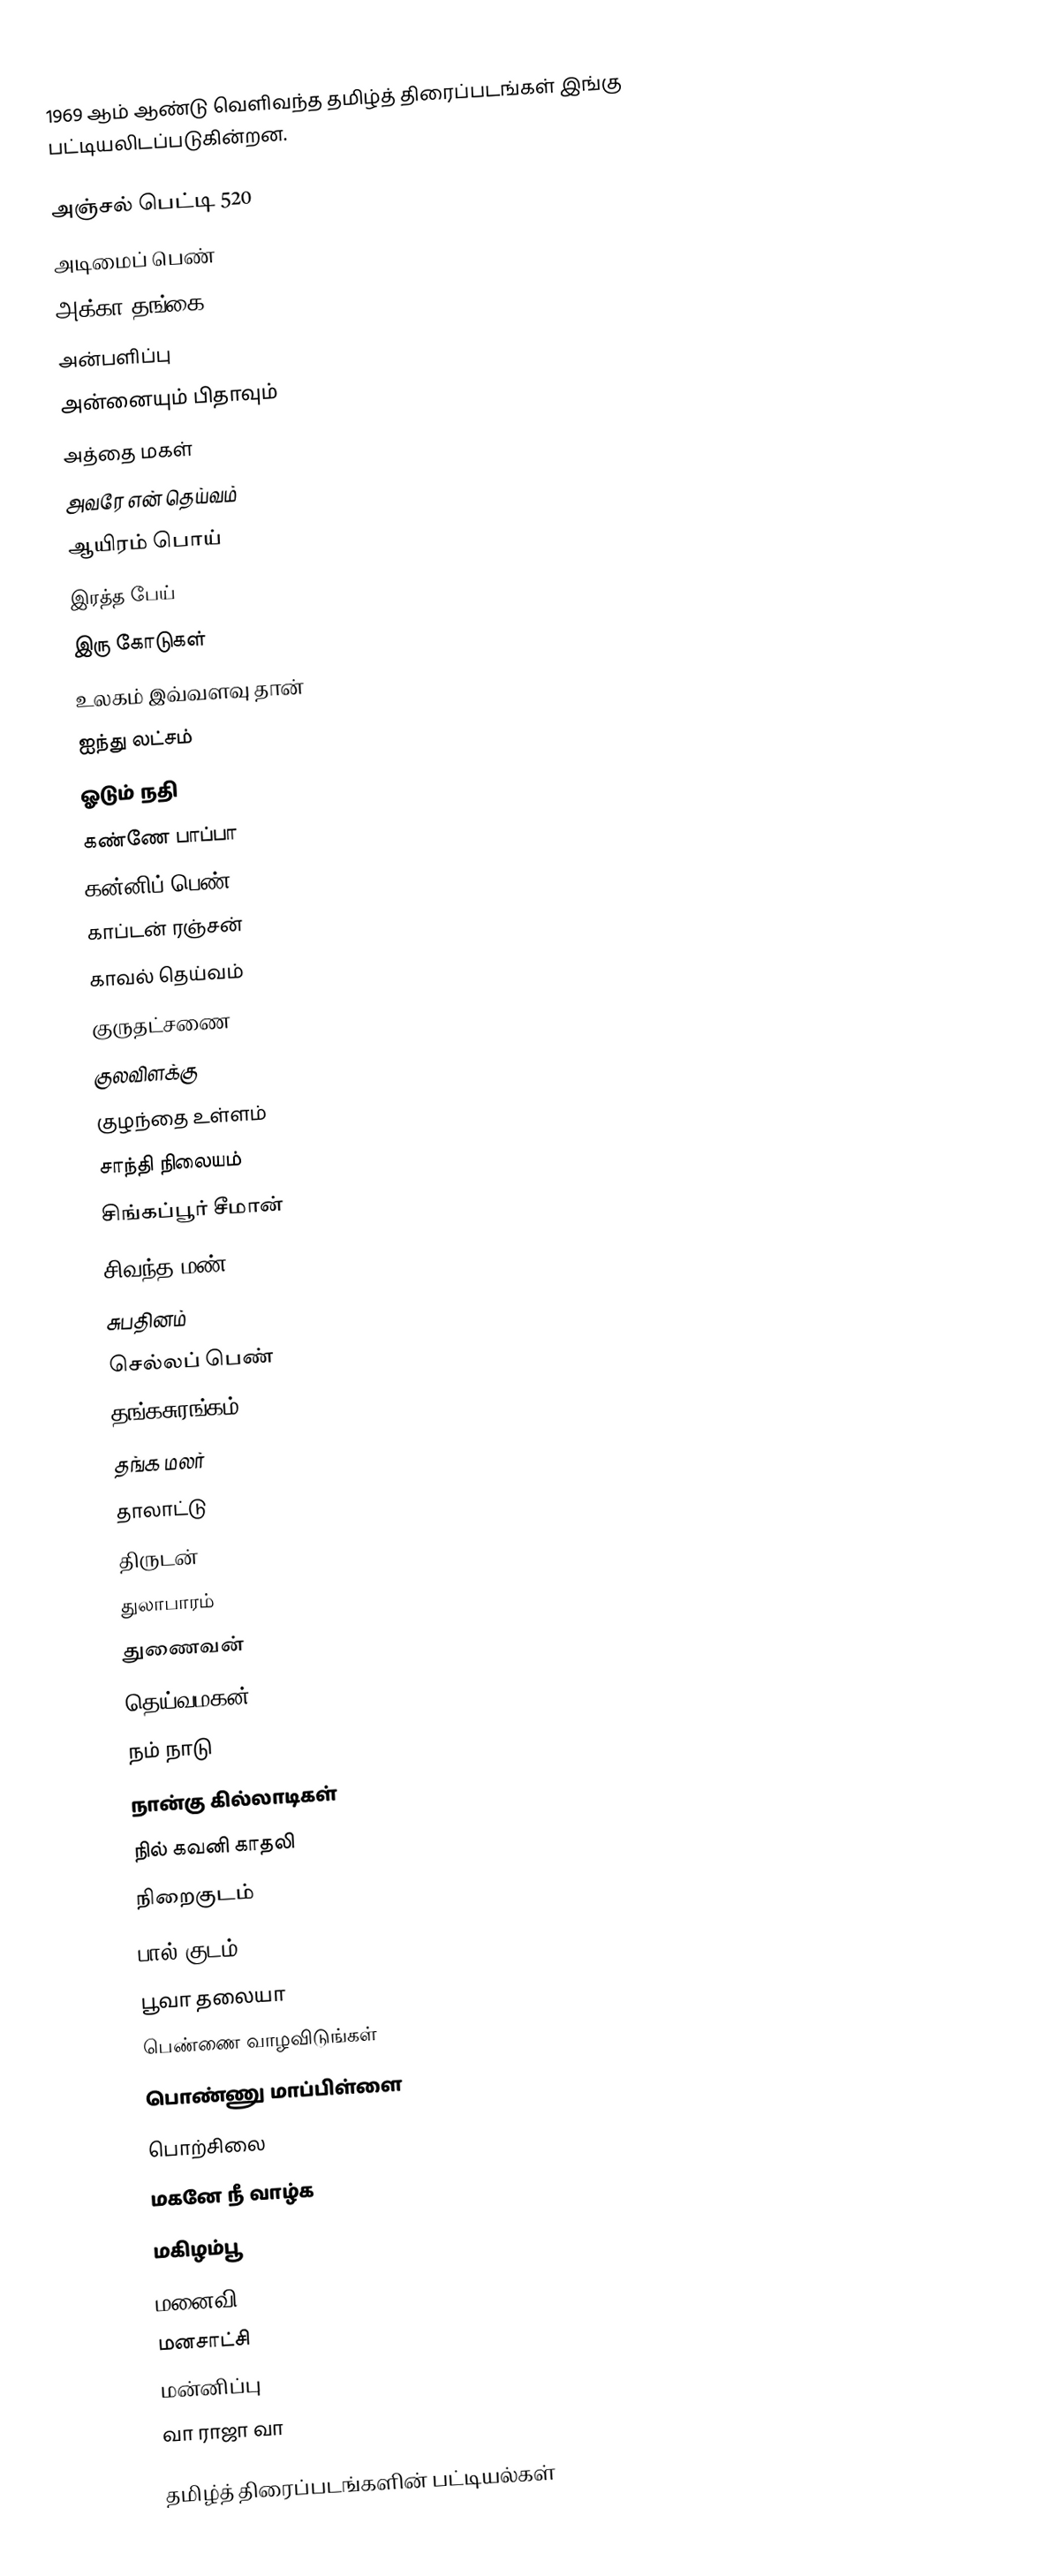
1969 ஆம் ஆண்டு வெளிவந்த தமிழ்த் திரைப்படங்கள் இங்கு பட்டியலிடப்படுகின்றன.

அஞ்சல் பெட்டி 520
அடிமைப் பெண்
அக்கா தங்கை
அன்பளிப்பு
அன்னையும் பிதாவும்
அத்தை மகள்
அவரே என் தெய்வம்
ஆயிரம் பொய்
இரத்த பேய்
இரு கோடுகள்
உலகம் இவ்வளவு தான்
ஐந்து லட்சம்
ஓடும் நதி
கண்ணே பாப்பா
கன்னிப் பெண்
காப்டன் ரஞ்சன்
காவல் தெய்வம்
குருதட்சணை
குலவிளக்கு
குழந்தை உள்ளம்
சாந்தி நிலையம்
சிங்கப்பூர் சீமான்
சிவந்த மண்
சுபதினம்
செல்லப் பெண்
தங்கசுரங்கம்
தங்க மலர்
தாலாட்டு
திருடன்
துலாபாரம்
துணைவன்
தெய்வமகன்
நம் நாடு
நான்கு கில்லாடிகள்
நில் கவனி காதலி
நிறைகுடம்
பால் குடம்
பூவா தலையா
பெண்ணை வாழவிடுங்கள்
பொண்ணு மாப்பிள்ளை
பொற்சிலை
மகனே நீ வாழ்க
மகிழம்பூ
மனைவி
மனசாட்சி
மன்னிப்பு
வா ராஜா வா

தமிழ்த் திரைப்படங்களின் பட்டியல்கள்